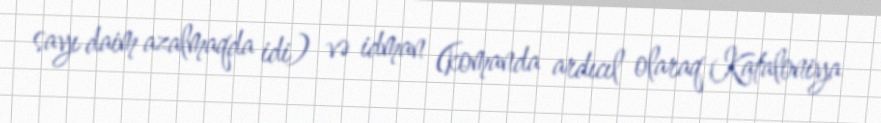
sayı daim azalmaqda idi) və idman (komanda ardıcıl olaraq Kataloniya